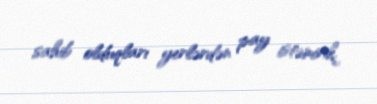
sahib olduqları yerlərdən pay istəmirik.